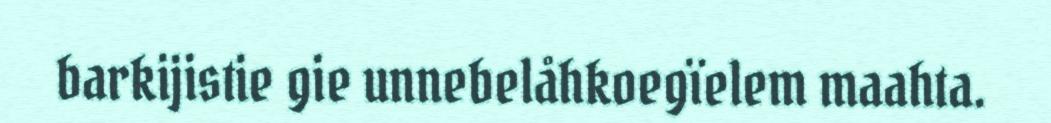
barkijistie gie unnebelåhkoegïelem maahta.